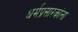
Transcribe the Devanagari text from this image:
धर्मप्रसारकांना